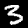
Label: 3